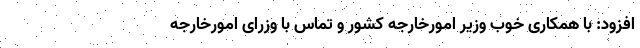
افزود: با همکاری خوب وزیر امورخارجه کشور و تماس با وزرای امورخارجه